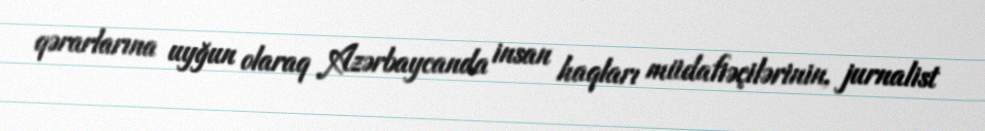
qərarlarına uyğun olaraq Azərbaycanda insan haqları müdafiəçilərinin, jurnalist